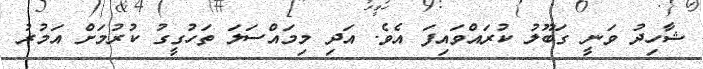
ޝާހިދު ވަނީ ގަބޫލު ކުރައްވައިފަ އެވެ. އަދި މިމައްސަލަ ތަހުގީގު ކުރުމަށް އަމުރު